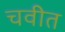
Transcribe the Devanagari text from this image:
चवीत